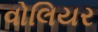
વોલિયર